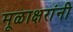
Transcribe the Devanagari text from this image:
मूळाक्षरांनी